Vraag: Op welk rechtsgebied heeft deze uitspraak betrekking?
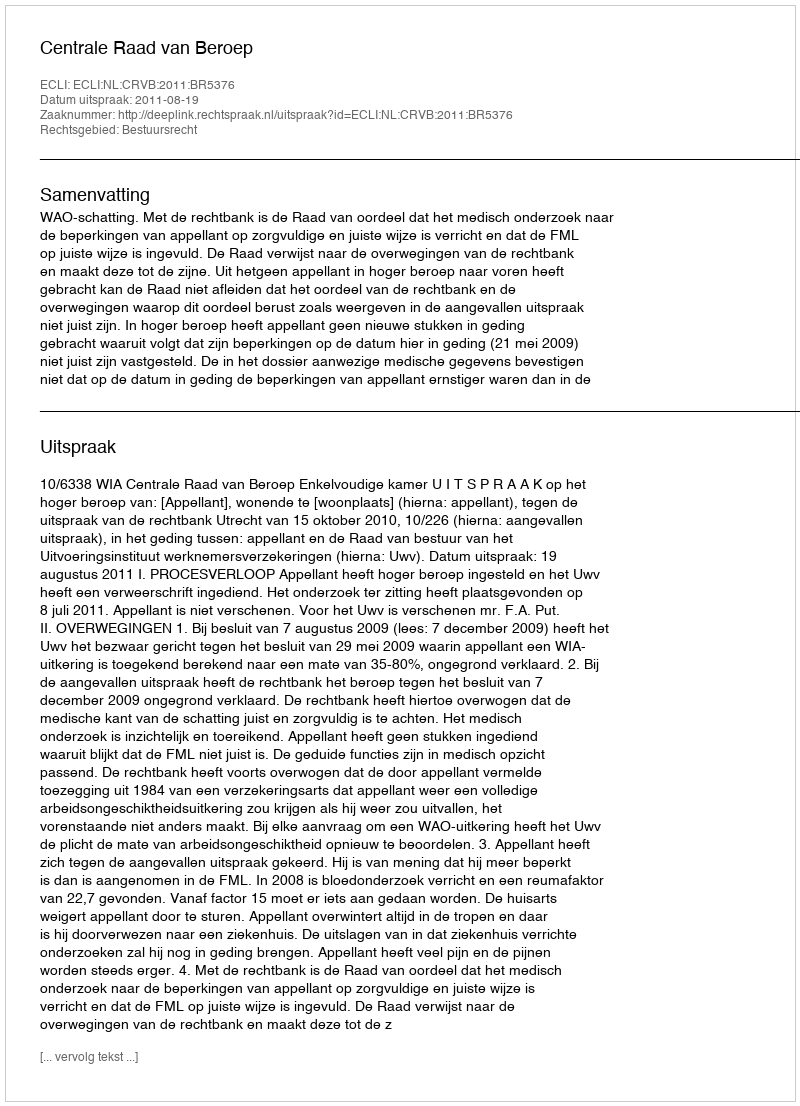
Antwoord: Bestuursrecht